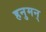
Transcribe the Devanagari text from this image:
हनुमन्